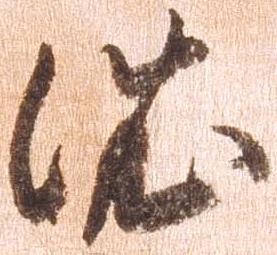
依